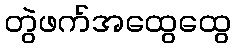
တွဲဖက်အထွေထွေ